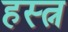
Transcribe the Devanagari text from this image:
हस्त्न